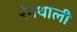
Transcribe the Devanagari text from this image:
रंगथाली